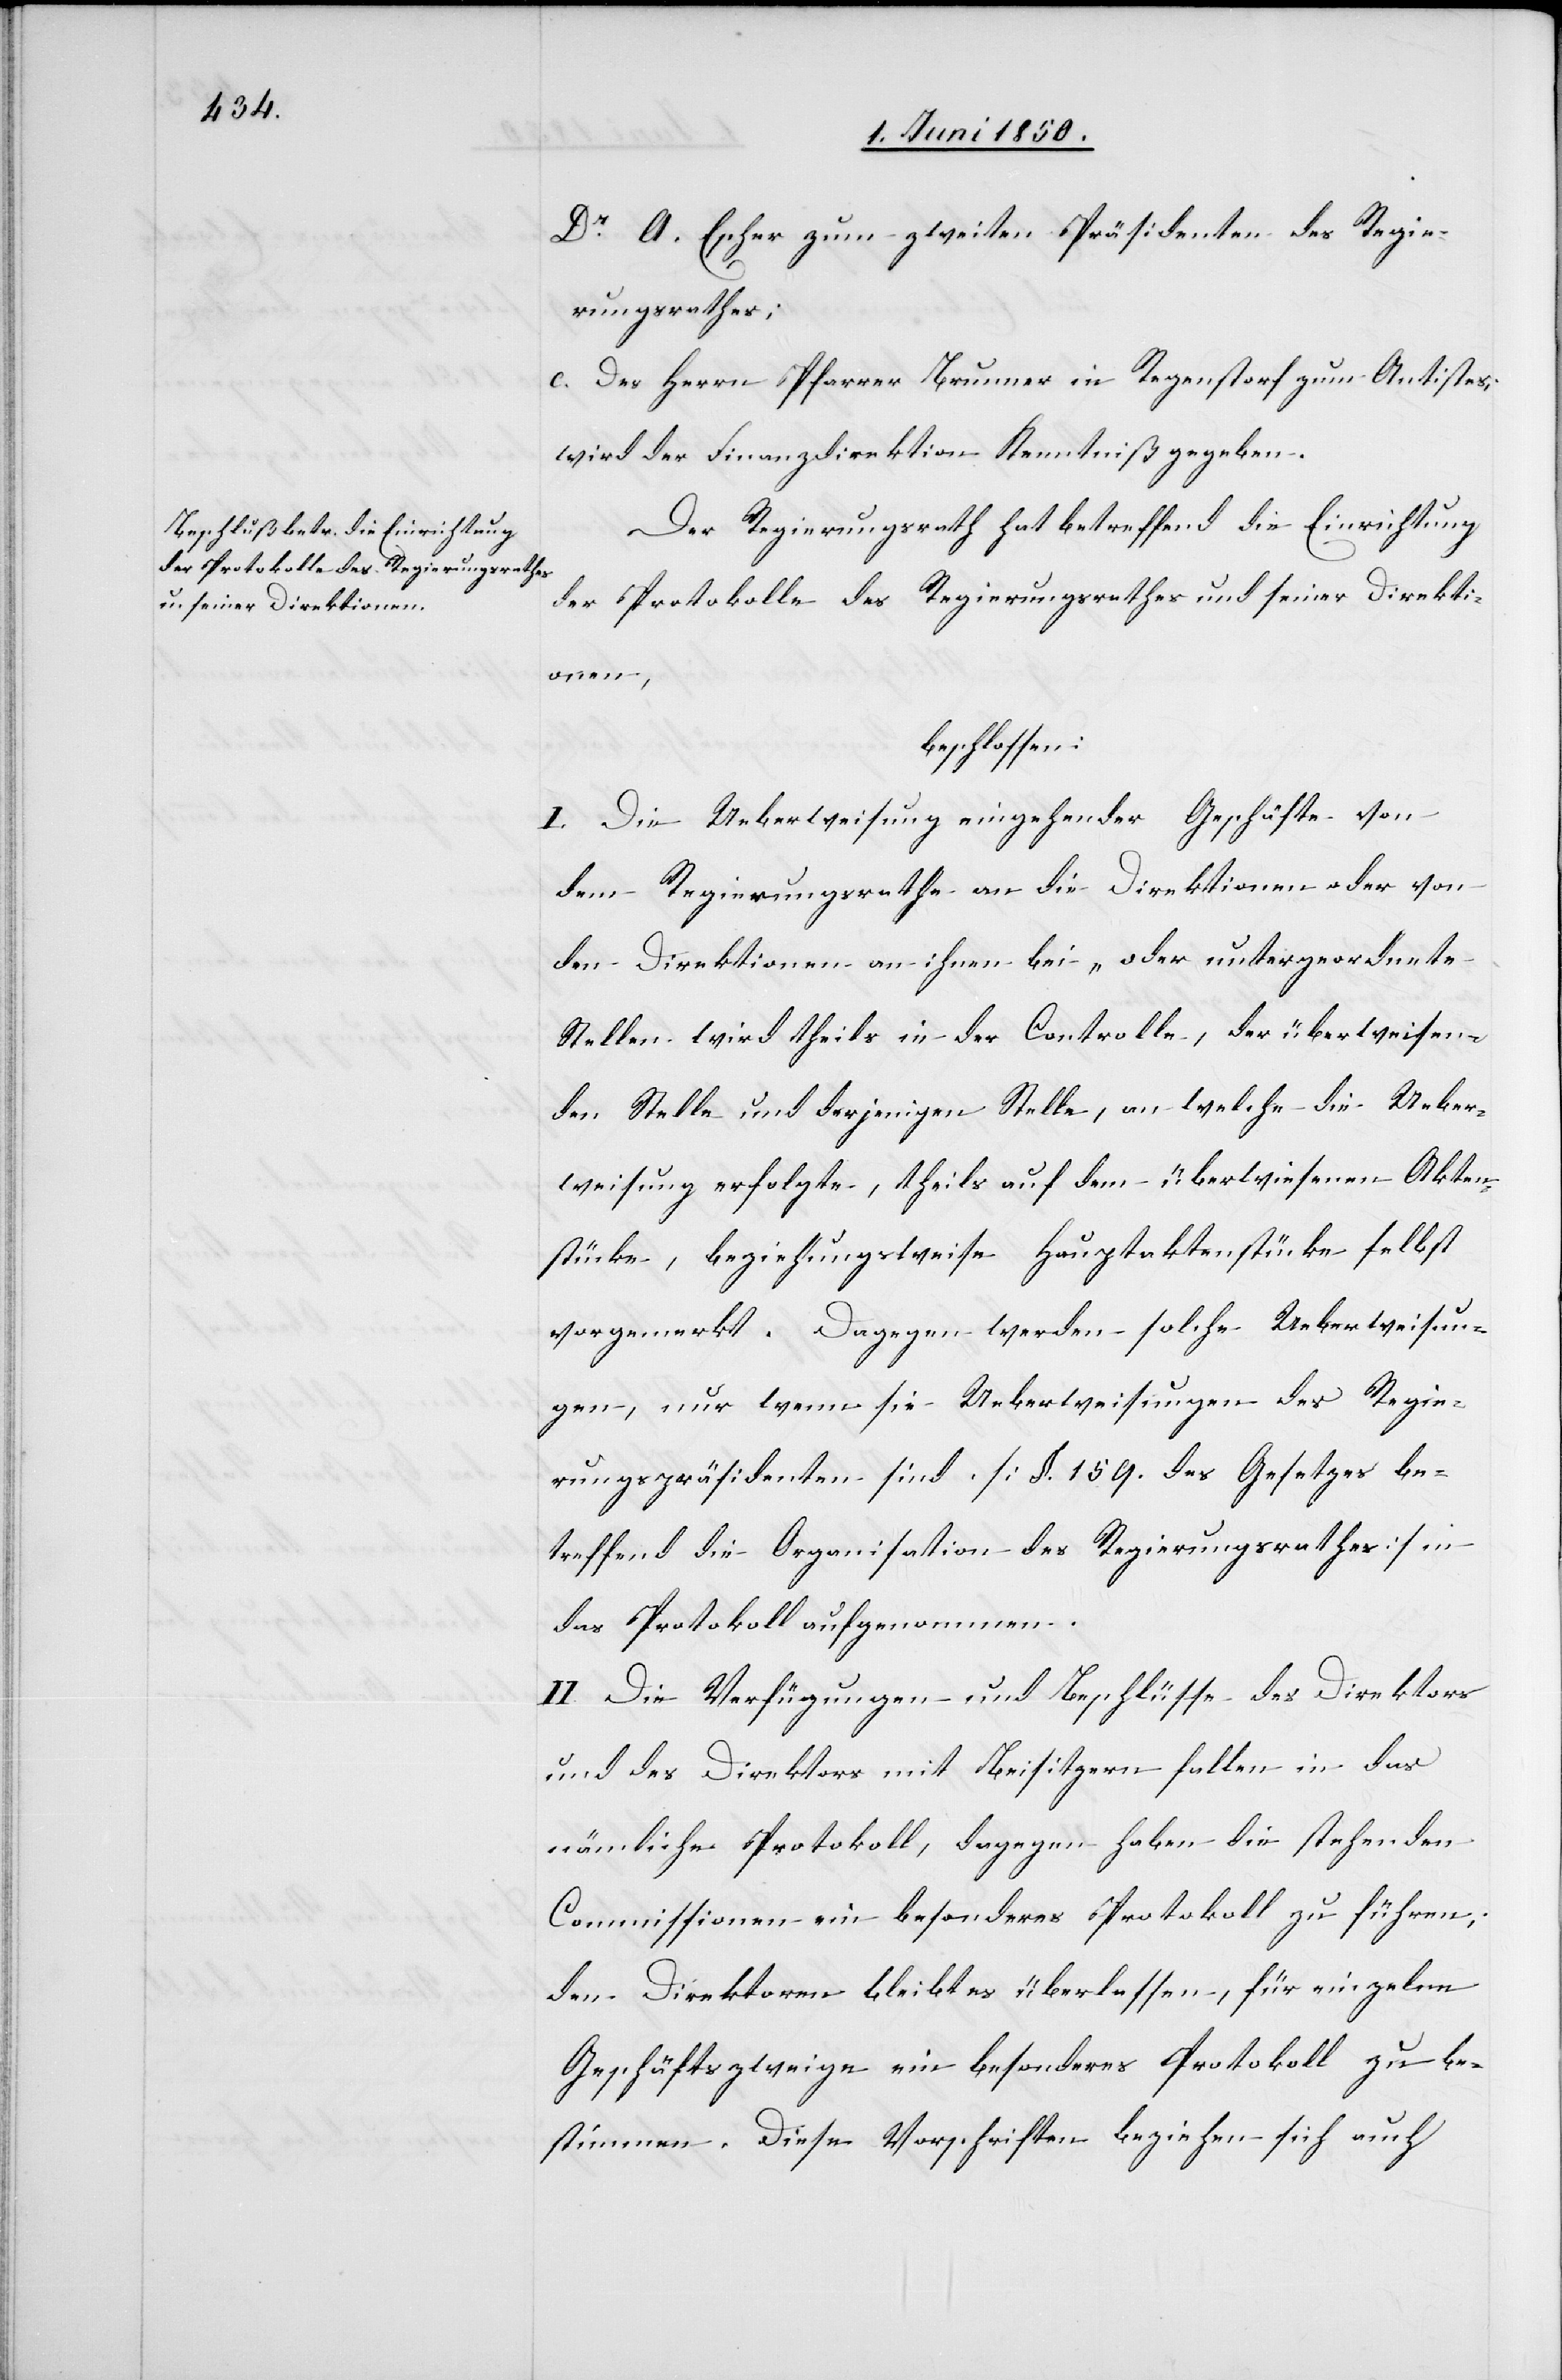
Dr A. Escher zum zweiten Präsidenten des Regie¬
rungsrathes;
c. Des Herrn Pfarrer Brunner in Regenstorf zum Antistes;
wird der Finanzdirektion Kenntniß gegeben.
Der Regierungsrath hat betreffend die Einrichtung
der Protokolle des Regierungsrathes und seiner Direkti¬
onen,
beschlossen:
I. Die Ueberweisung eingehender Geschäfte von
dem Regierungsrathe an die Direktionen oder von
den Direktionen an ihnen bei- oder untergeordnete
Stellen wird theils in der Controlle, der überweisen¬
den Stelle und derjenigen Stelle, an welche die Ueber¬
weisung erfolgte, theils auf dem überwiesenen Akten¬
stücke, beziehungsweise Hauptaktenstücke selbst
vorgemerkt. Dagegen werden solche Ueberweisun¬
gen, nur wenn sie Ueberweisungen des Regie¬
rungspräsidenten sind. [§. 159. des Gesetzes be¬
treffend die Organisation des Regierungsrathes] in
das Protokoll aufgenommen.
II. Die Verfügungen und Beschlüsse des Direktors
und des Direktors mit Beisitzern fallen in das
nämliche Protokoll, dagegen haben die stehenden
Commissionen ein besonderes Protokoll zu führen,
den Direktoren bleibt es überlassen, für einzelne
Geschäftszweige ein besonderes Protokoll zu be¬
stimmen. Diese Vorschriften beziehen sich auch